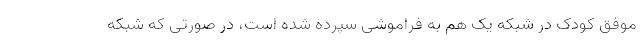
موفق کودک در شبکه یک هم به فراموشی سپرده شده است، در صورتی که شبکه